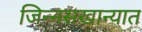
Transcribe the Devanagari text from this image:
जिन्नसखान्यात